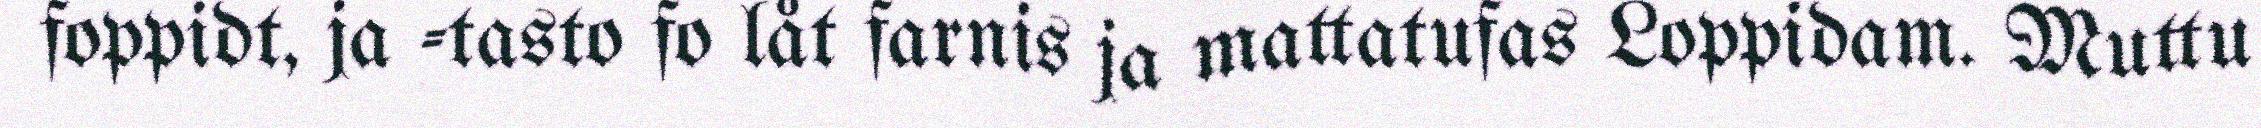
foppidt, ja -tasto fo låt farnis ja mattatufas Loppidam. Muttu